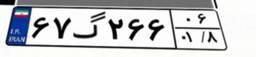
۶۷گ۲۶۶۰۶